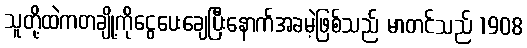
သူတို့ထဲကတချို့ကိုငွေပေးချေပြီးနောက်အခမဲ့ဖြစ်သည် မာတင်သည် 1908